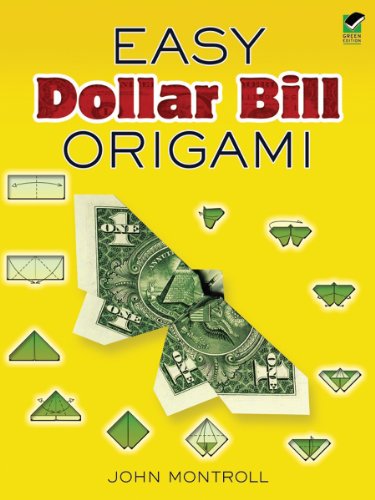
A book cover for Easy Dollar Bill Origami (Dover Origami Papercraft); John Montroll; Crafts, Hobbies & Home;